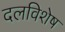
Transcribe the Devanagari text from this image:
दलविशेष